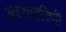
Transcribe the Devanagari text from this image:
अध्याहरिणी